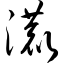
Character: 漉